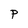
Character: P